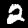
Digit: 2